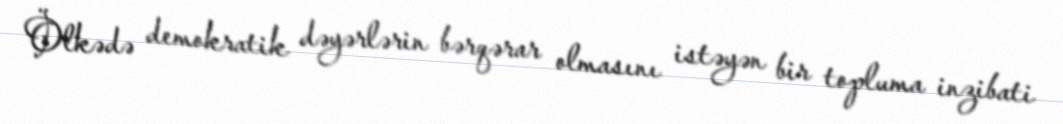
Ölkədə demokratik dəyərlərin bərqərar olmasını istəyən bir topluma inzibati